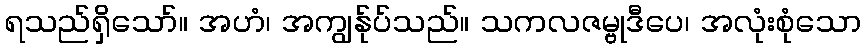
ရသည်ရှိသော်။ အဟံ၊ အကျွန်ုပ်သည်။ သကလဇမ္ဗုဒီပေ၊ အလုံးစုံသော